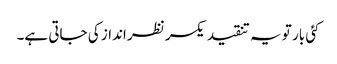
کئی بار تو یہ تنقید یکسر نظر انداز کی جاتی ہے۔